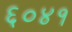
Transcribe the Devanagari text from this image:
६०४१